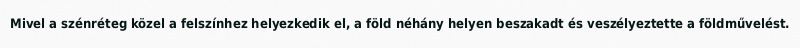
Mivel a szénréteg közel a felszínhez helyezkedik el, a föld néhány helyen beszakadt és veszélyeztette a földművelést.